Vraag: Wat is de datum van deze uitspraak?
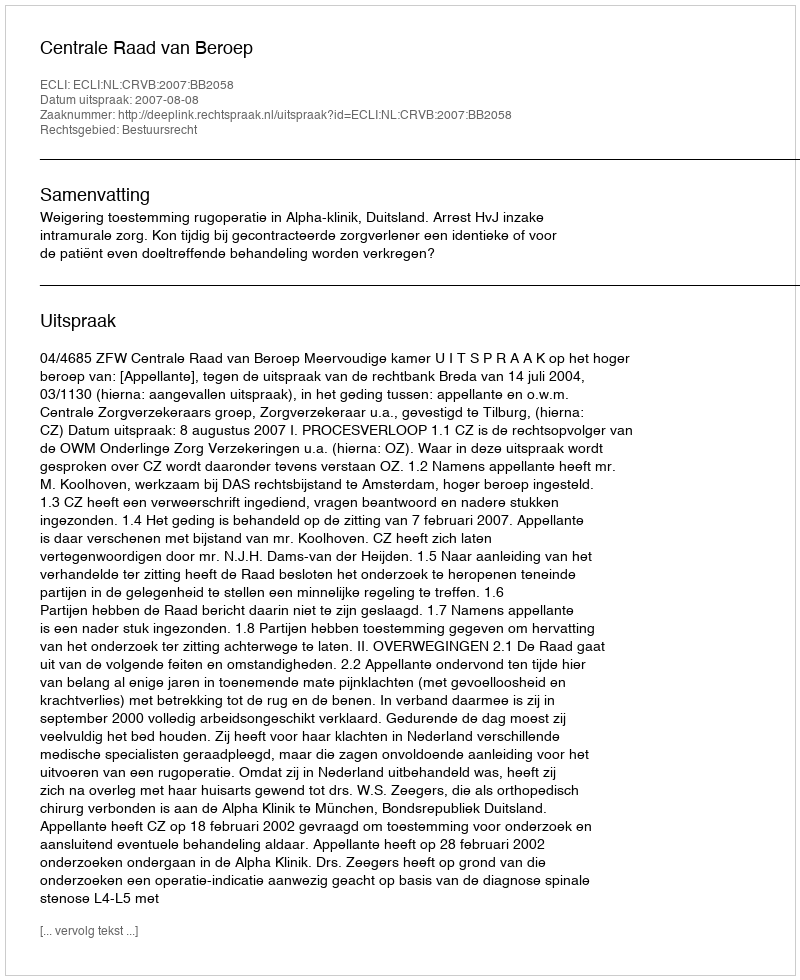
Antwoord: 2007-08-08